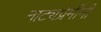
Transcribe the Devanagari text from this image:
नाट्यप्रेमींनी